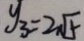
y _ { 3 } = 2 \sqrt { 5 }